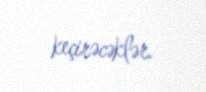
keçirəcəklər.